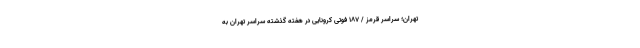
تهران؛ سراسر قرمز / ۱۸۷ فوتی کرونایی در هفته گذشته سراسر تهران به